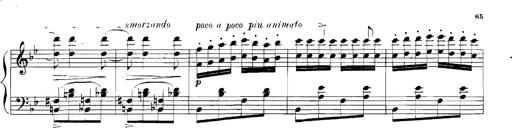
Title: Rhapsodies hongroises
Composer: Franz Liszt